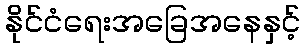
နိုင်ငံရေးအခြေအနေနှင့်